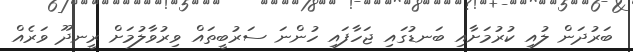
ބަރުދަން ލުއި ކުރުމަށާއި ބަނޑުގައި ޖަހާފައި ހުންނަ ސަރުބީތައް ވިރުވާލުމަށް ރީނދޫ ވަރެއް